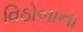
વિઠોબાના